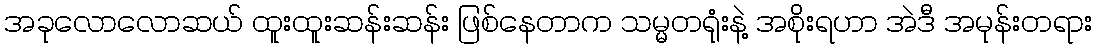
အခုလောလောဆယ် ထူးထူးဆန်းဆန်း ဖြစ်နေတာက သမ္မတရုံးနဲ့ အစိုးရဟာ အဲဒီ အမုန်းတရား